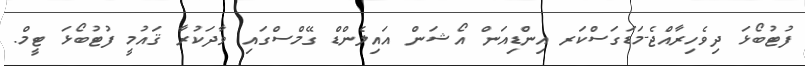
ފުޓުބޯޅަ ދިވެހިރާއްޖެ-މަޑަގަސްކަރ އިންޑިއަން އޯޝަން އައިލެންޑް ގޭމްސްގައި ވާދަކުރާ ޤައުމީ ފުޓުބޯޅަ ޓީމް.